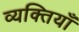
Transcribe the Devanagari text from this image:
व्यक्तियाँ